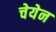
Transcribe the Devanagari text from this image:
चेयेन